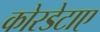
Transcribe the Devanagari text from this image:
कोरडेटाए